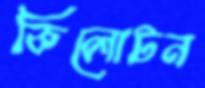
কিলোটন